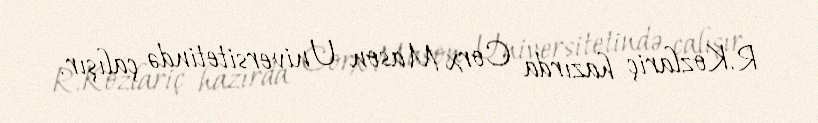
R.Kozlariç hazırda Corx Mason Universitetində çalışır.